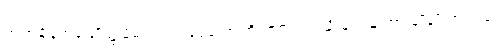
ဤအချိန်အခါမျိုး၌ မိမိသည် ရံရွေတော်ကြီးဘူရင်းကဲ့သို့ မျက်နှာထားချိုချိုထား ရန်